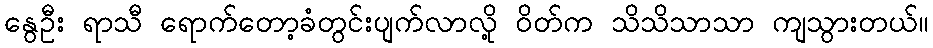
နွေဦး ရာသီ ရောက်တော့ခံတွင်းပျက်လာလို့ ဝိတ်က သိသိသာသာ ကျသွားတယ်။